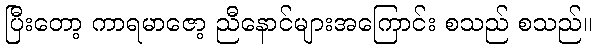
ပြီးတော့ ကာရမာဇော့ ညီနောင်များအကြောင်း စသည် စသည်။